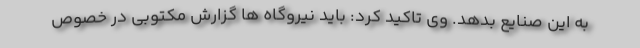
به این صنایع بدهد. وی تاکید کرد: باید نیروگاه ها گزارش مکتوبی در خصوص